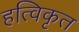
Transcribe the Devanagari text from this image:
हत्विकृत